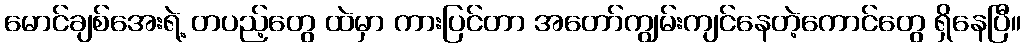
မောင်ချစ်အေးရဲ့ တပည့်တွေ ထဲမှာ ကားပြင်တာ အတော်ကျွမ်းကျင်နေတဲ့ကောင်တွေ ရှိနေပြီ။